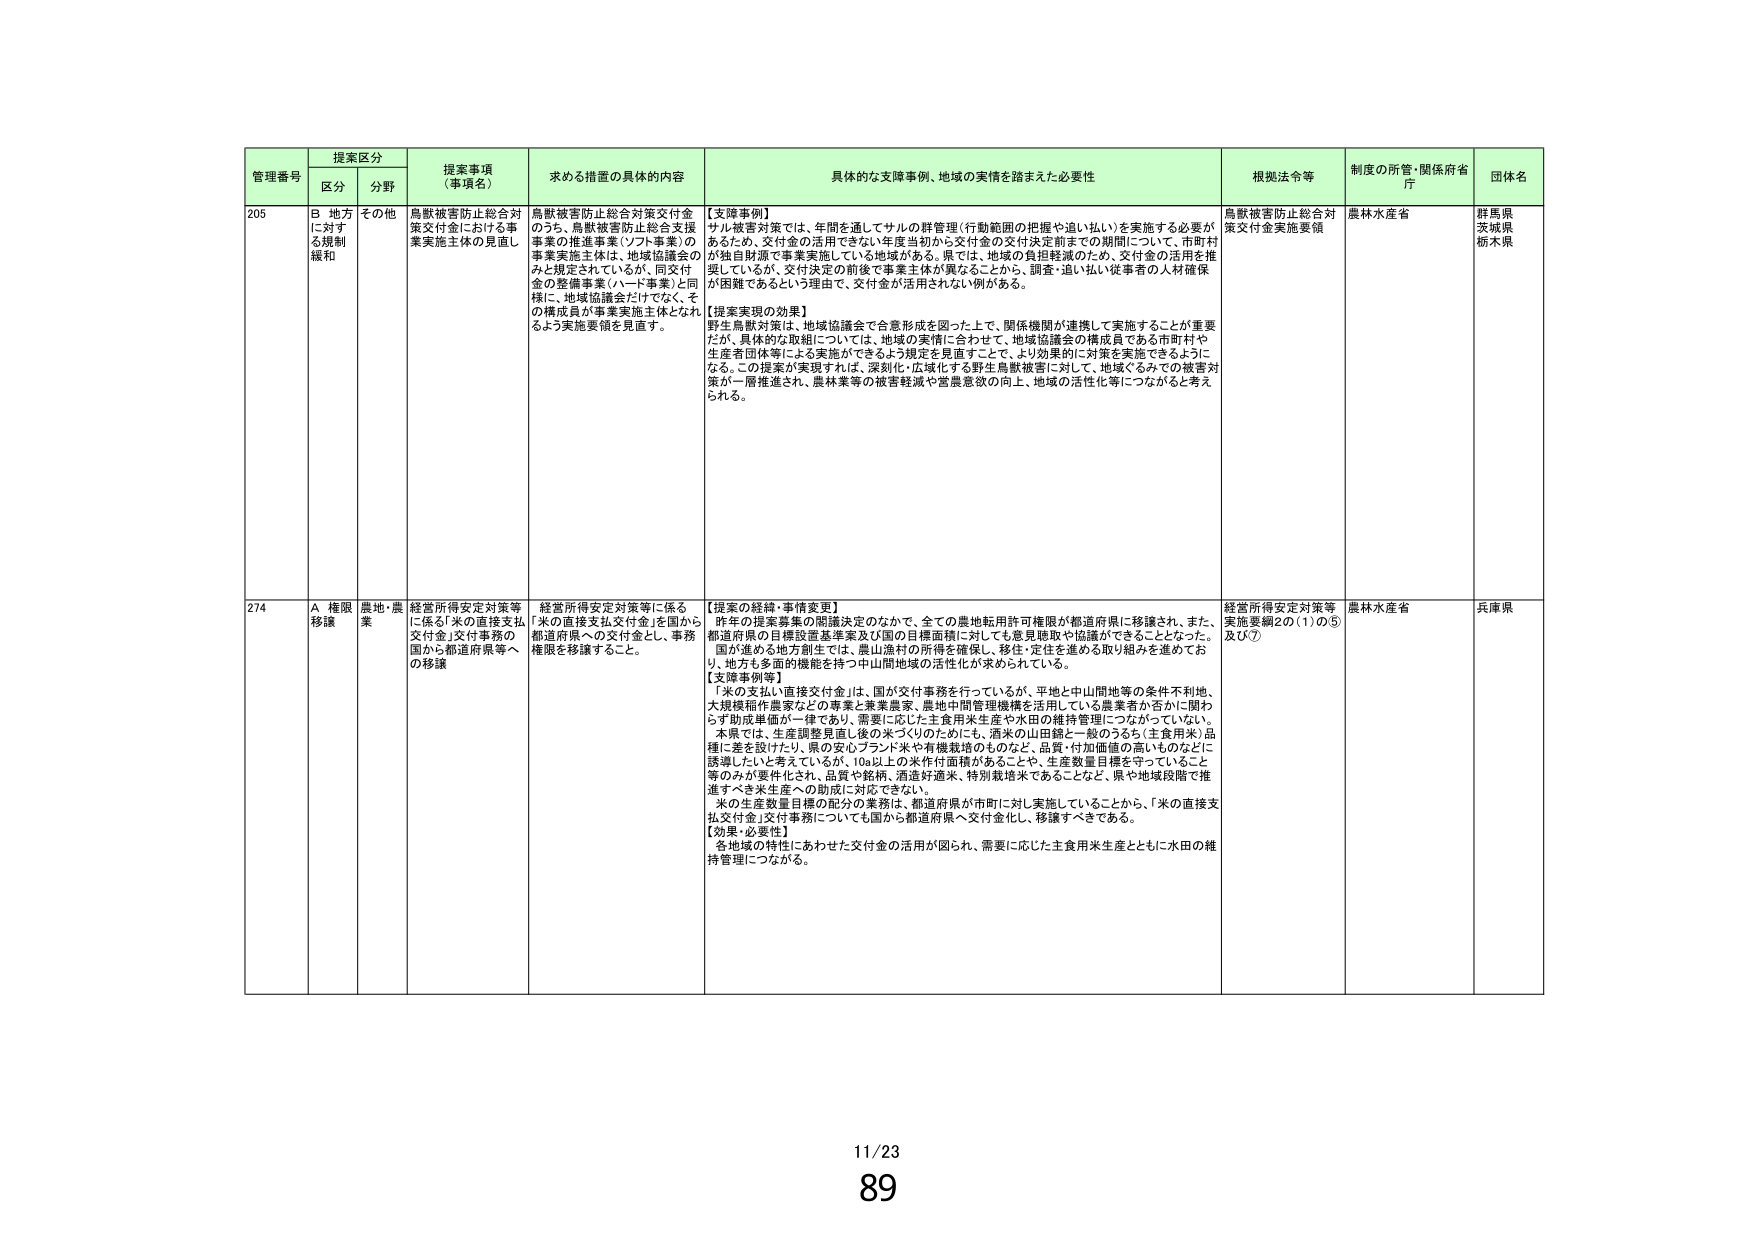
管理番号 提案区分 提案事項（事項名） 求める措置の具体的内容 具体的な支障事例、地域の実情を踏まえた必要性 根拠法令等 制度の所管・関係府省庁 団体名
区分 分野
205 B 地方に対する規制緩和 その他 鳥獣被害防止総合対策交付金における事業実施主体の見直し 鳥獣被害防止総合対策交付金のうち、鳥獣被害防止総合支援事業の推進事業（ソフト事業）の事業実施主体は、地域協議会のみと規定されているが、同交付金の整備事業（ハード事業）と同様に、地域協議会だけでなく、その構成員が事業実施主体となれるよう実施要領を見直す。 【支障事例】
サル被害対策では、年間を通じてサルの群管理（行動範囲の把握や追い払い）を実施する必要があるため、交付金の活用できない年度当初から交付金の交付決定前までの期間について、市町村が独自財源で事業実施している地域がある。県では、地域の負担軽減のため、交付金の活用を推奨しているが、交付決定の前後で事業主体が異なることから、調査・追い払い従事者の人材確保が困難であるという理由で、交付金が活用されない例がある。
【提案実現の効果】
野生鳥獣対策は、地域協議会で合意形成を図った上で、関係機関が連携して実施することが重要だが、具体的な取組については、地域の実情に合わせて、地域協議会の構成員である市町村や生産者団体等による実施ができるよう規定を見直すことで、より効果的に対策を実施できるようになる。この提案が実現すれば、深刻化・広域化する野生鳥獣被害に対して、地域ぐるみでの被害対策が一層推進され、農林業等の被害軽減や営農意欲の向上、地域の活性化等につながると考えられる。 鳥獣被害防止総合対策交付金実施要領 農林水産省 群馬県 茨城県 栃木県
274 A 権限移譲 農地・農業 経営所得安定対策等に係る「米の直接支払交付金」交付事務の国から都道府県等への移譲 経営所得安定対策等に係る「米の直接支払交付金」を国から都道府県への交付金とし、事務権限を移譲すること。 【提案の経緯・事情変更】
昨年の提案募集の閣議決定のなかで、全ての農地転用許可権限が都道府県に移譲され、また、都道府県の目標設置基準案及び国の目標面積に対しても意見聴取や協議ができることとなった。国が進める地方創生では、農山漁村の所得を確保し、移住・定住を進める取り組みを進めており、地方も多面的機能を持つ中山間地域の活性化が求められている。
【支障事例等】
「米の支払い直接交付金」は、国が交付事務を行っているが、平地と中山間地等の条件不利地、大規模稲作農家などの事業と兼業農家、農地中間管理機構を活用している農業者か否かに関わらず助成単価が一律であり、需要に応じた主食用米生産や水田の維持管理につながっていない。本県では、生産調整見直し後の米づくりのためにも、酒米の山田錦と一般のうるち（主食用米）品種に差を設けたり、県の安心ブランド米や有機栽培のものなど、品質・付加価値の高いものなどに誘導したいと考えているが、10a以上の米作付面積があることや、生産数量目標を守っていること等のみが要件化され、品質や銘柄、酒造好適米、特別栽培米であることなど、県や地域段階で推進すべき米生産への助成に対応できない。
米の生産数量目標の配分の業務は、都道府県が市町に対し実施していることから、「米の直接支払交付金」交付事務についても国から都道府県へ交付金化し、移譲すべきである。
【効果・必要性】
各地域の特性にあわせた交付金の活用が図られ、需要に応じた主食用米生産とともに水田の維持管理につながる。 経営所得安定対策等実施要綱2の(1)の⑤及び⑦ 農林水産省 兵庫県
11/23
89